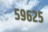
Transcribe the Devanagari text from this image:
५९६२५